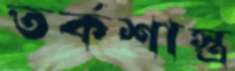
তর্কশাস্ত্র